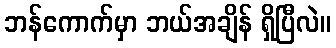
ဘန်ကောက်မှာ ဘယ်အချိန် ရှိပြီလဲ။